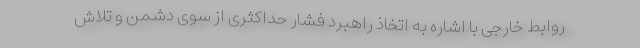
روابط خارجی با اشاره به اتخاذ راهبرد فشار حداکثری از سوی دشمن و تلاش